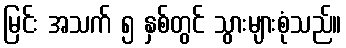
မြင်း အသက် ၅ နှစ်တွင် သွားများစုံသည်။